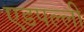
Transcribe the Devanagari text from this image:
एडपल्ली